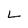
Character: L